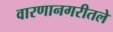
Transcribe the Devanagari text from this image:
वारणानगरीतले